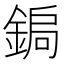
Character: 𮢑